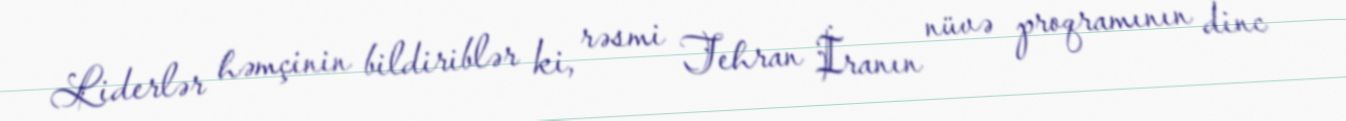
Liderlər həmçinin bildiriblər ki, rəsmi Tehran İranın nüvə proqramının dinc